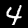
Digit: 4